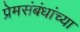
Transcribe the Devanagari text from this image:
प्रेमसंबंधांच्या